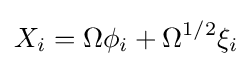
X_{i}=\Omega \phi _{i}+\Omega ^{1/2}\xi _{i}